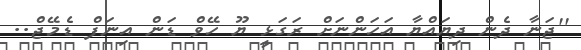
''ޖަނާ ދެން ދިޔައްޔާ އަހަންނަށް ރަގަޅީ ޔޫ ހޭވް ޑަން އިނަފް ޑެމޭޖް..